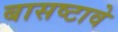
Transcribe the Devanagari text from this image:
बासष्टावे